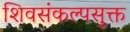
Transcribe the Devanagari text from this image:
शिवसंकल्पसुक्त